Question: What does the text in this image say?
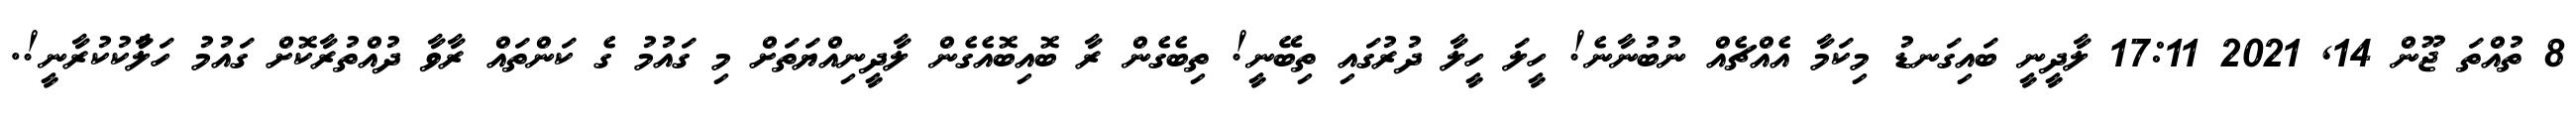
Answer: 8 ތުއްތަ ޖޫން 14, 2021 17:11 ލާދީނީ ބައިގަނޑު މިކަމާ އެއްޗެއް ނުބުނާނެ! ހީލަ ހީލާ ދުރުގައި ތިބޭނީ! ތިބެގެން ރާ ބޮއިބޮއެގެން ލާދީނިއްޔަތަށް މި ގައުމު ގެ ކަންތައް ރާވާ ދުއްތުރާކޮށް ގައުމު ހަލާުކުކުރާނީ!.